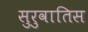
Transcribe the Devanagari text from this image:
सुरुवातिस